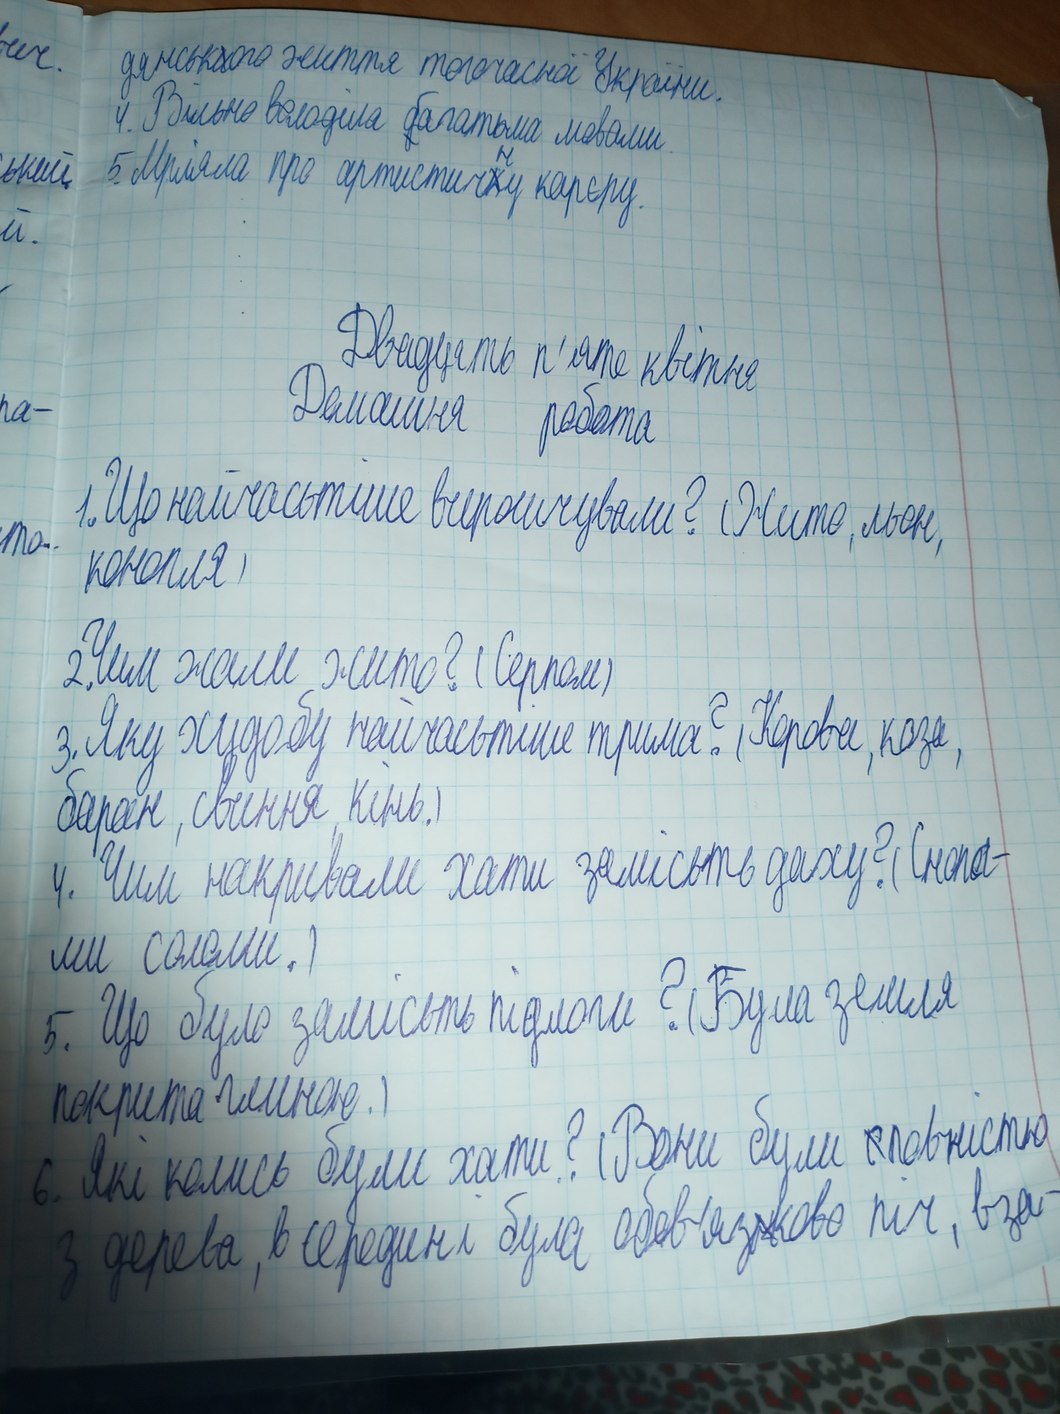
дянського життя тогочасної України.
4. Вільно володіла багатьма мовами.
5. Мріяла про артистичну карєру.
Двадцять п'яте квітня
Домашня робота
1. Що найчастіше вирощували? ( Жито, льон,
конопля)
2. Чим жали жито? (Серпом)
3. Яку худобу найчастіше трима? (Корова, коза,
баран, свиння, кінь.)
4. Чим накривали хати замість даху? (Снопа-
ми соломи.)
5. Що було замість підлоги? Була земля
покрита глиною.)
6. Які колись були хати? (Вони ~~с~~ повністю
з дерева, в середині була обов'язково піч, вза-